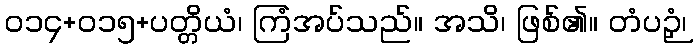
၀၁၄+၀၁၅+ပတ္တိယံ၊ ကြံအပ်သည်။ အသိ၊ ဖြစ်၏။ တံပဉှံ၊